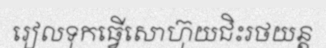
រៀលទុកធ្វើសោហ៊ុយជិះរថយន្ត